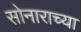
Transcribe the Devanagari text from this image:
सोनाराच्या